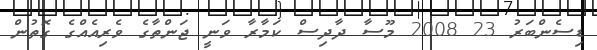
ޑިސެންބަރު 23 2008 މޫސާ ދާދިސް ކަމާރާ ވަނީ ޖަންތާގެ ވެރިއެއްގެ ގޮތުން